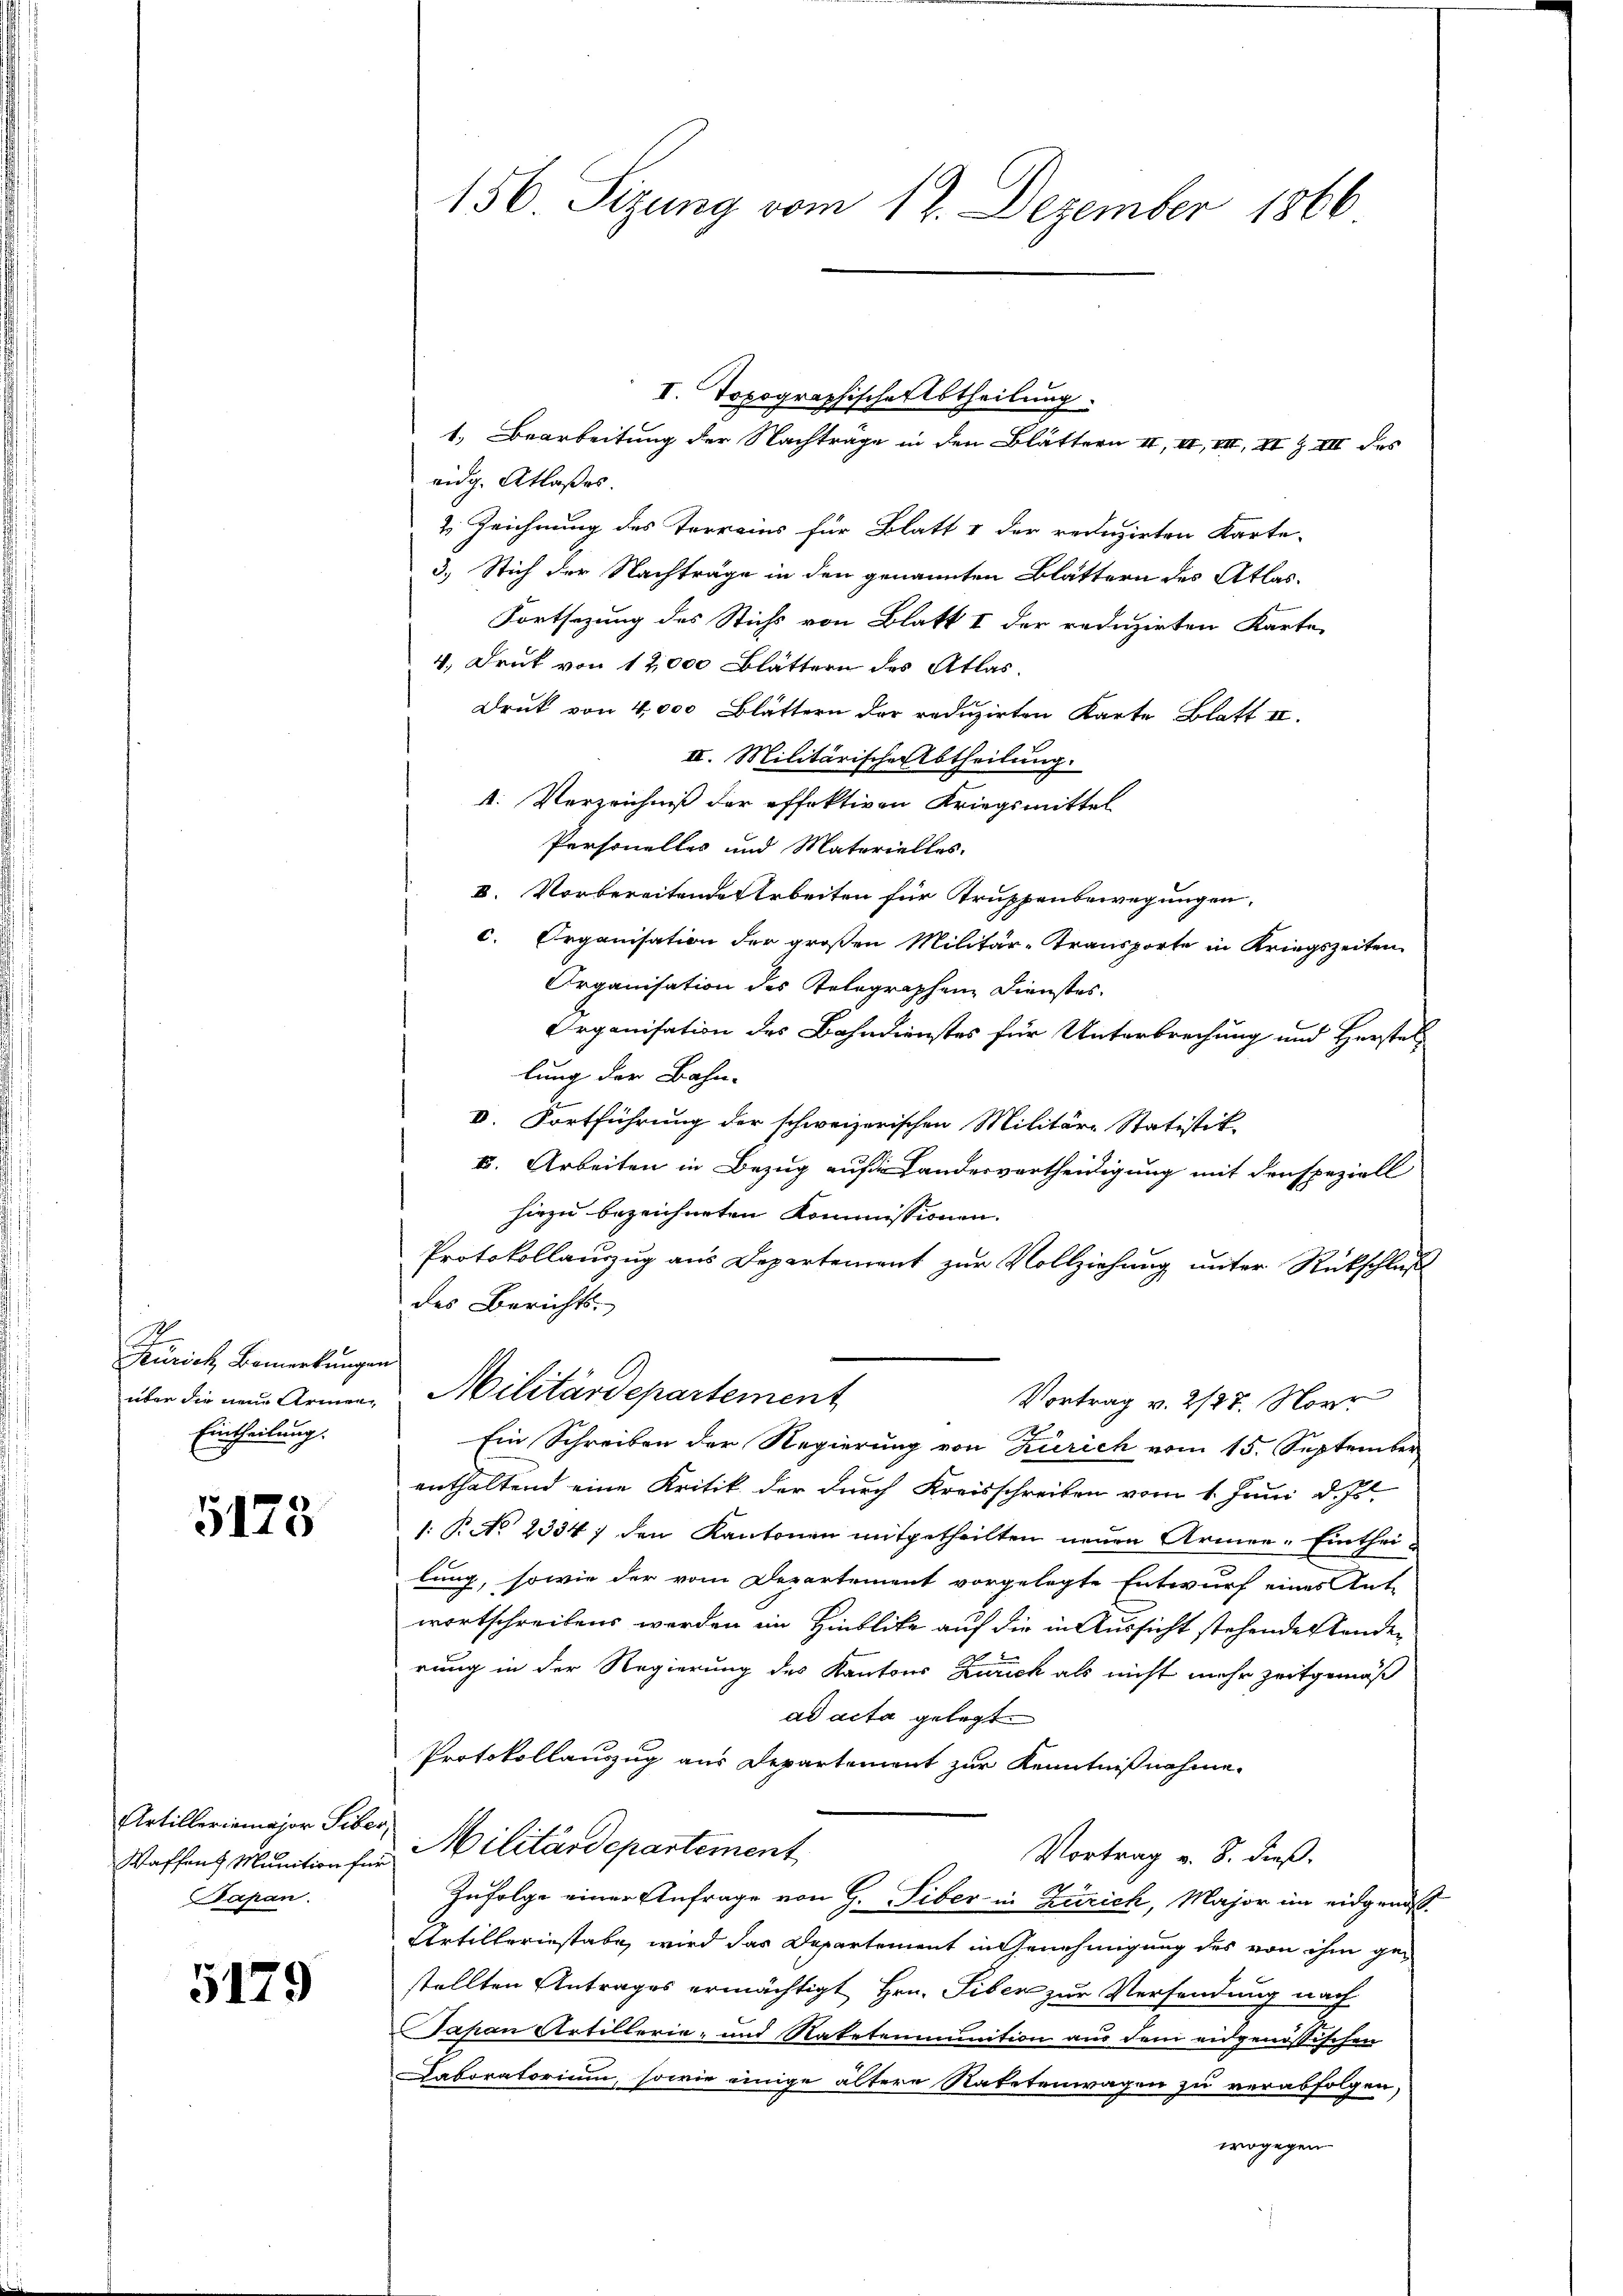
A.
Zürich, Bemerkungen
Eintheilung.

5173

Artilleriemajor Siber,
apan.

5179

156 Sizung vom 12. Dezember 1866

eidg. Atlaßes.
2. Zeichnung des Terrains für Blatt & der reduzirten Karte-
3.) Stich der Nachträge in den genannten Blättern des Atlas¬
Fortsezung des Stichs von Blatt I der reduzirten Karte
4., Druk von 12,000 Blättern des Atlas
Druk von 4000 Blättern der reduzirten Karte Blatt II.
II. Militärische Abtheilung.
1. Verzeichniß der effektiven Kriegsmittel
Personelles und Materielles.
V. Vorbereitende Arbeiten für Truppenbewegungen,
c. Organisation der großen Militär-Transporte in Kriegszeiten
Organisation des Telegraphen Dienstes.
Organisation des Bahndienstes für Unterbrechung und Herstel
lung der Bahn-
V. Fortführung der schweizerischen Militär-Statistik.
k. Arbeiten in Bezug aus Landesvertheidigung mit den speziell
hiezu bezeichneten Kommissionen.
Protokollauszug aus Departement zur Vollziehung unter Rückschluß
des Berichts-
über die neue Armen Militärdepartement
Vortrag v. 2127. Nove
d
Ein Schreiben der Regierung von Zürich vom 15. September
enthaltend eine Kritik der durch Kreisschreiben vom 1. Juni d. J.
1: P. No 2334) den Kantonen mitgetheilten neuen Armee-Eintheilung, sowie der vom Departement vorgelegte Entwurf eines Ant-
wortschreibens werden im Hinblike auf die in Aussicht stehendestenden
rung in der Regierung des Kantons Zürich als nicht mehr zeitgemäß
ad acta gelegt.
Protokollauszug aus Departement zur Kenntnißnahme.
Waffend Munition für Militärdepartement
Vortrag v. 8. dieß.
Zufolge einer Anfrage von G. Tiber in Zürich, Major im eidgenos¬
Artilleriestabe, wird das Departement in Genehmigung des von ihm gestellten Antrages ermächtigt Hrn. Siben zur Versendung nach
Japan Artillerie- und Natetemmunition aus dem eidgenössischen
Caboratorium, sowie einige ältere Ratetenwagen zu verabfolgen,
wogegen

I. Topographischer Abtheilung.
1. Bearbeitung der Nachträge in den Blättern II, II, III, II Z III des